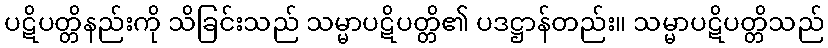
ပဋိပတ္တိနည်းကို သိခြင်းသည် သမ္မာပဋိပတ္တိ၏ ပဒဋ္ဌာန်တည်း။ သမ္မာပဋိပတ္တိသည်